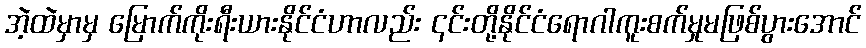
အဲ့ထဲမှာမှ မြောက်ကိုးရီးယားနိုင်ငံဟာလည်း ၎င်းတို့နိုင်ငံရောဂါကူးစက်မှုမဖြစ်ပွားအောင်